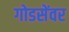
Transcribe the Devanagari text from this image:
गोडसेंवर